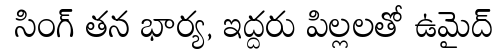
 సింగ్ తన భార్య, ఇద్దరు పిల్లలతో ఉమైద్